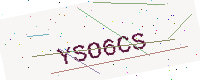
Text: YSO6CS